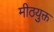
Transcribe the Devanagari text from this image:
मीठयुक्त